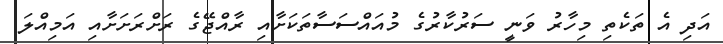
އަދި އެ ތަކެތި މިހާރު ވަނީ ސަރުކާރުގެ މުއައްސަސާތަކަށާއި ރާއްޖޭގެ ރަށްރަށަށާއި އަމިއްލަ